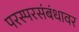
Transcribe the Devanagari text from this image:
परस्परसंबंधावर